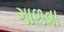
ગાળવા